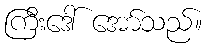
ကြီးဒေါ် အော်သည်။